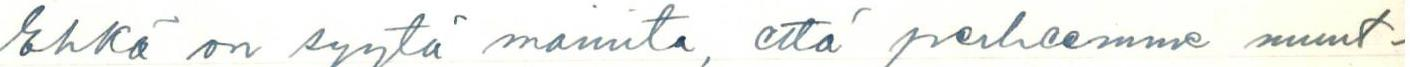
Ehkä on syytä mainita, että perheemme muut-